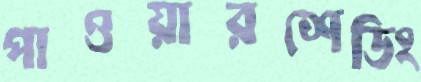
পাওয়ারশেডিং